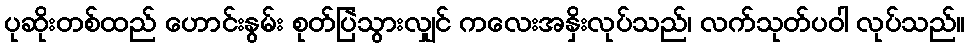
ပုဆိုးတစ်ထည် ဟောင်းနွမ်း စုတ်ပြဲသွားလျှင် ကလေးအနှိးလုပ်သည်၊ လက်သုတ်ပဝါ လုပ်သည်။